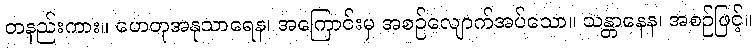
တနည်းကား။ ဟေတုအနုသာရေန၊ အကြောင်းမှ အစဉ်လျောက်အပ်သော။ သန္တာနေန၊ အစဉ်ဖြင့်။